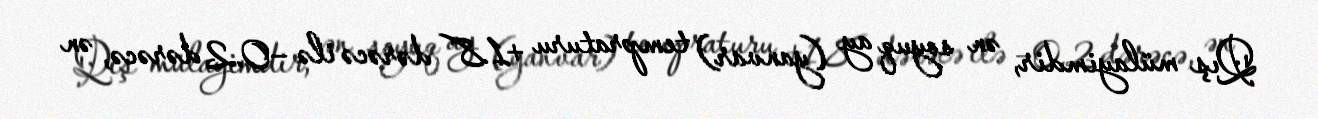
Qış mülayimdir, ən soyuq ay (yanvar) tempraturu +1.8 dərəcə ilə −0.2 dərəcə, ən